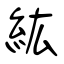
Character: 紘